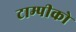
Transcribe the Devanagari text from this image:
टाम्पीको